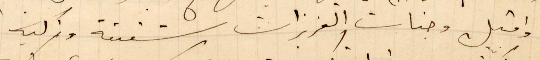
واقبل وجنات العزيزات شفيقة وزكية